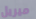
ميريل